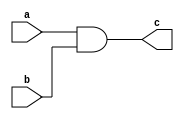
`timescale 1ns / 1ps

// Design Name: bitwise AND operation 
// Module Name: bitwise_AND
// Project Name: 


module bitwise_AND(
input [31:0]a,b,
output  [31:0]c
    );
    assign c = a & b;
endmodule